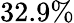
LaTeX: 32.9\%